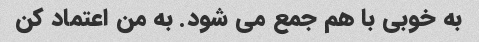
به خوبی با هم جمع می شود. به من اعتماد کن